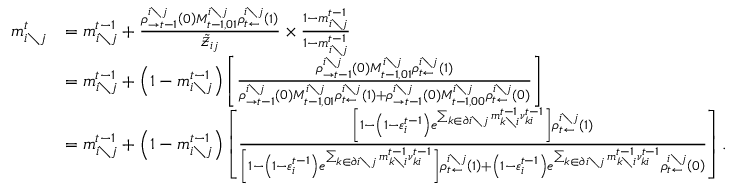
\begin{array} { r l } { m _ { i \setminus j } ^ { t } } & { = m _ { i \setminus j } ^ { t - 1 } + \frac { \rho _ { \rightarrow t - 1 } ^ { i \setminus j } \left( 0 \right) M _ { t - 1 , 0 1 } ^ { i \setminus j } \rho _ { t \leftarrow } ^ { i \setminus j } \left( 1 \right) } { \tilde { \mathcal { Z } } _ { i j } } \times \frac { 1 - m _ { i \setminus j } ^ { t - 1 } } { 1 - m _ { i \setminus j } ^ { t - 1 } } } \\ & { = m _ { i \setminus j } ^ { t - 1 } + \left( 1 - m _ { i \setminus j } ^ { t - 1 } \right) \left[ \frac { \rho _ { \rightarrow t - 1 } ^ { i \setminus j } \left( 0 \right) M _ { t - 1 , 0 1 } ^ { i \setminus j } \rho _ { t \leftarrow } ^ { i \setminus j } \left( 1 \right) } { \rho _ { \rightarrow t - 1 } ^ { i \setminus j } \left( 0 \right) M _ { t - 1 , 0 1 } ^ { i \setminus j } \rho _ { t \leftarrow } ^ { i \setminus j } \left( 1 \right) + \rho _ { \rightarrow t - 1 } ^ { i \setminus j } \left( 0 \right) M _ { t - 1 , 0 0 } ^ { i \setminus j } \rho _ { t \leftarrow } ^ { i \setminus j } \left( 0 \right) } \right] } \\ & { = m _ { i \setminus j } ^ { t - 1 } + \left( 1 - m _ { i \setminus j } ^ { t - 1 } \right) \left[ \frac { \left[ 1 - \left( 1 - \varepsilon _ { i } ^ { t - 1 } \right) e ^ { \sum _ { k \in \partial i \setminus j } m _ { k \setminus i } ^ { t - 1 } \nu _ { k i } ^ { t - 1 } } \right] \rho _ { t \leftarrow } ^ { i \setminus j } \left( 1 \right) } { \left[ 1 - \left( 1 - \varepsilon _ { i } ^ { t - 1 } \right) e ^ { \sum _ { k \in \partial i \setminus j } m _ { k \setminus i } ^ { t - 1 } \nu _ { k i } ^ { t - 1 } } \right] \rho _ { t \leftarrow } ^ { i \setminus j } \left( 1 \right) + \left( 1 - \varepsilon _ { i } ^ { t - 1 } \right) e ^ { \sum _ { k \in \partial i \setminus j } m _ { k \setminus i } ^ { t - 1 } \nu _ { k i } ^ { t - 1 } } \rho _ { t \leftarrow } ^ { i \setminus j } \left( 0 \right) } \right] . } \end{array}